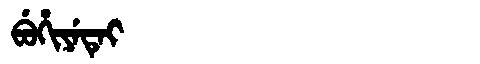
Manchu: ᠪᡠᡥᡳᠶᡝᡨᡝᡳ
Romanization: BUHIYETEI